DOW-UAP-D48, Department of the Air Force Report, 1996
Agency: Department of War
Incident date: 9/10/96
Page 2
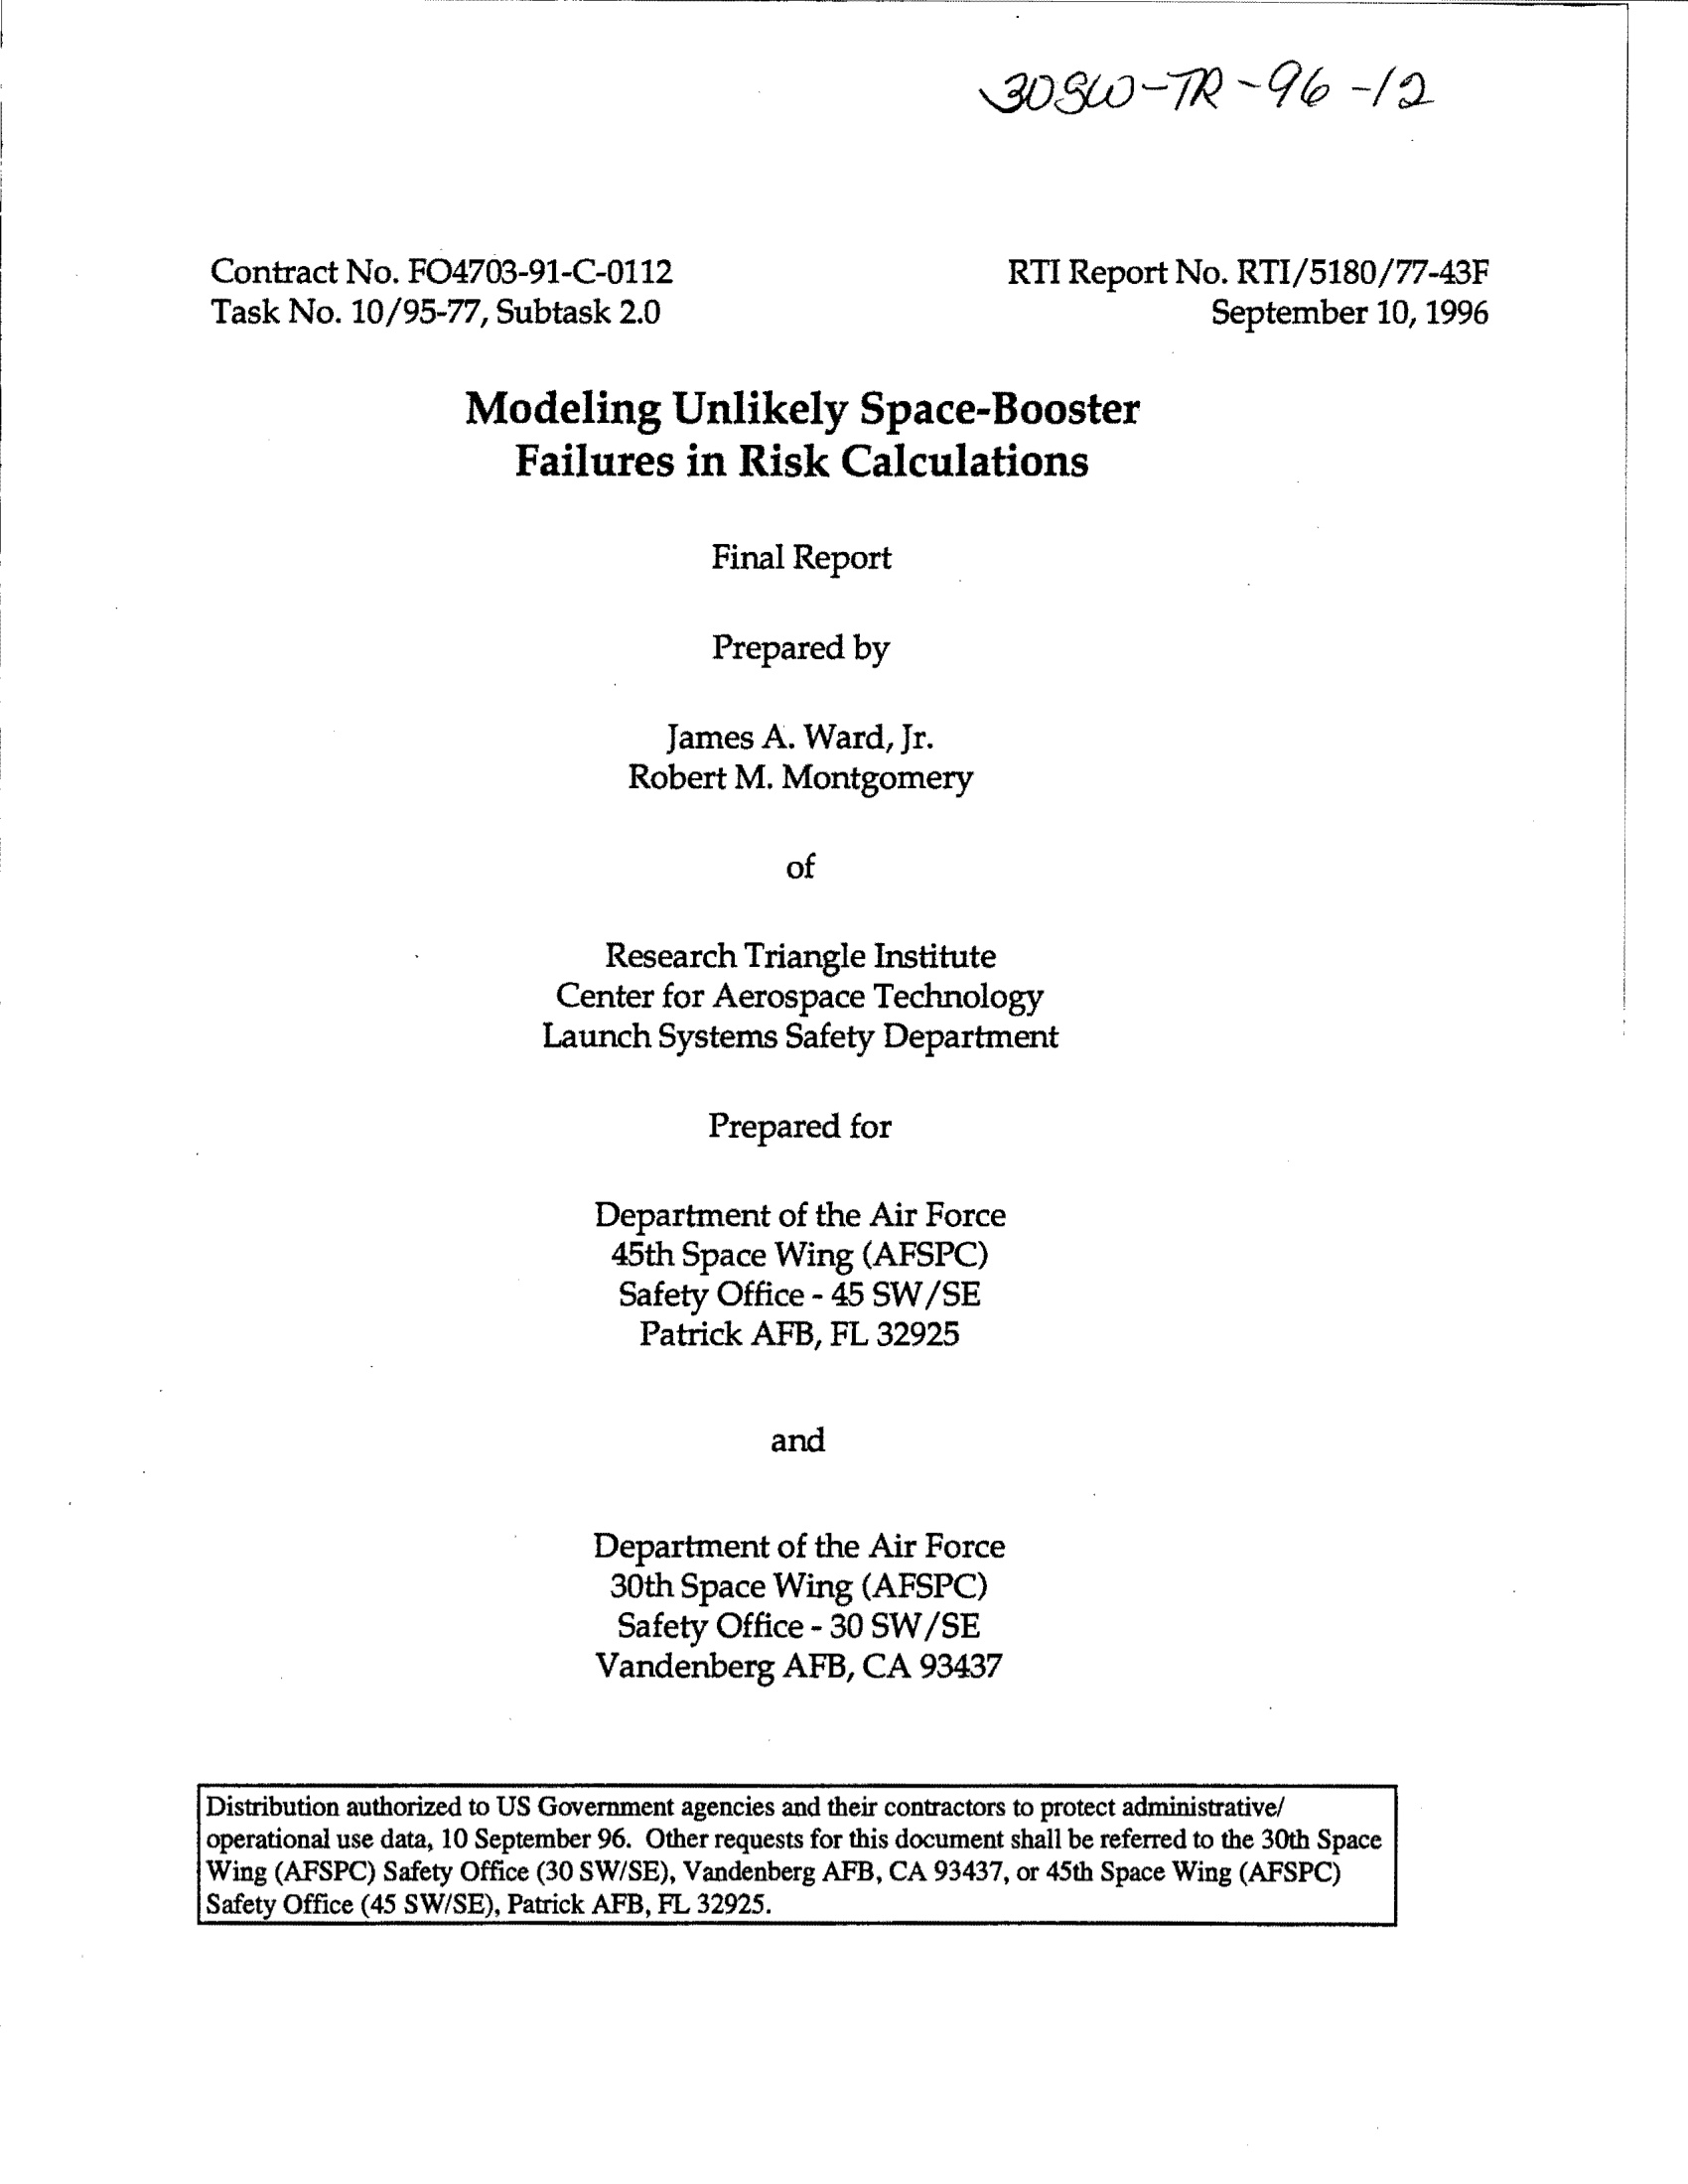